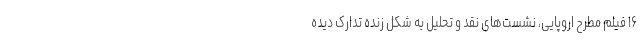
۱۶ فیلم‌ مطرح اروپایی، نشست‌های نقد و تحلیل به شکل زنده تدارک دیده